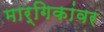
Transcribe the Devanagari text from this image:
मार्गिकांवर